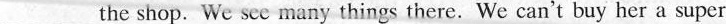
___ the shop. We see many things there. We can't buy her a super